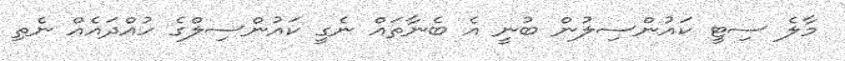
މާލެ ސިޓީ ކައުންސިލުން ބުނީ އެ ބެނާތައް ނެގީ ކައުންސިލްގެ ހުއްދައެއް ނެތި